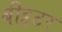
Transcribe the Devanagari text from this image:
बीइटर